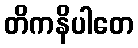
တိကနိပါတေ